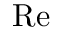
\ensuremath \mathrm { { R e } }